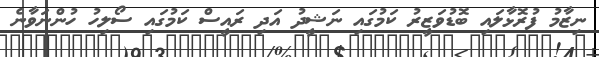
ނިޒާމު ފުރޮޅާލައި ބޮޑުވަޒީރު ކަމުގައި ނަޝީދު އަދި ރައީސް ކަމުގައި ސޯލިހު ހުންނަވާނެ